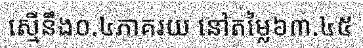
ស្មើនឹង០.៤ភាគរយ នៅតម្លៃ៦៣.៤៥